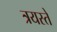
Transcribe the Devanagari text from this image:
त्रयस्ते